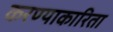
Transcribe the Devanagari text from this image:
करण्याकारिता